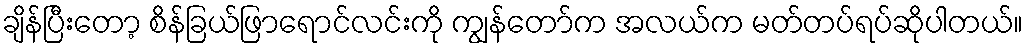
ချိန်ပြီးတော့ စိန်ခြယ်ဖြာရောင်လင်းကို ကျွန်တော်က အလယ်က မတ်တပ်ရပ်ဆိုပါတယ်။